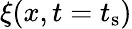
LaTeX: \xi(x,t=t_{\mathrm{s}})